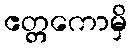
ဧတ္တကောမှိ